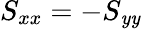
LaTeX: S_{xx}=-S_{\mathit{y}\mathit{y}}